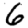
Digit: 6